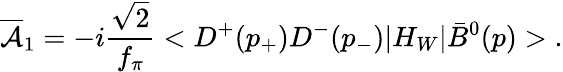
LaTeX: {\overline{{{\cal A}}}}_{1}=-i{\frac{\sqrt{2}}{f_{\pi}}}<D^{+}(p_{+})D^{-}(p_{-})|H_{W}|{\bar{B}}^{0}(p)>\; .